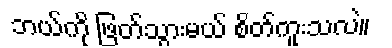
ဘယ်ကို ဖြတ်သွားမယ် စိတ်ကူးသလဲ။